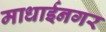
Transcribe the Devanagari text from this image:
माधाईनगर